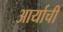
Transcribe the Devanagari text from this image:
आर्याची